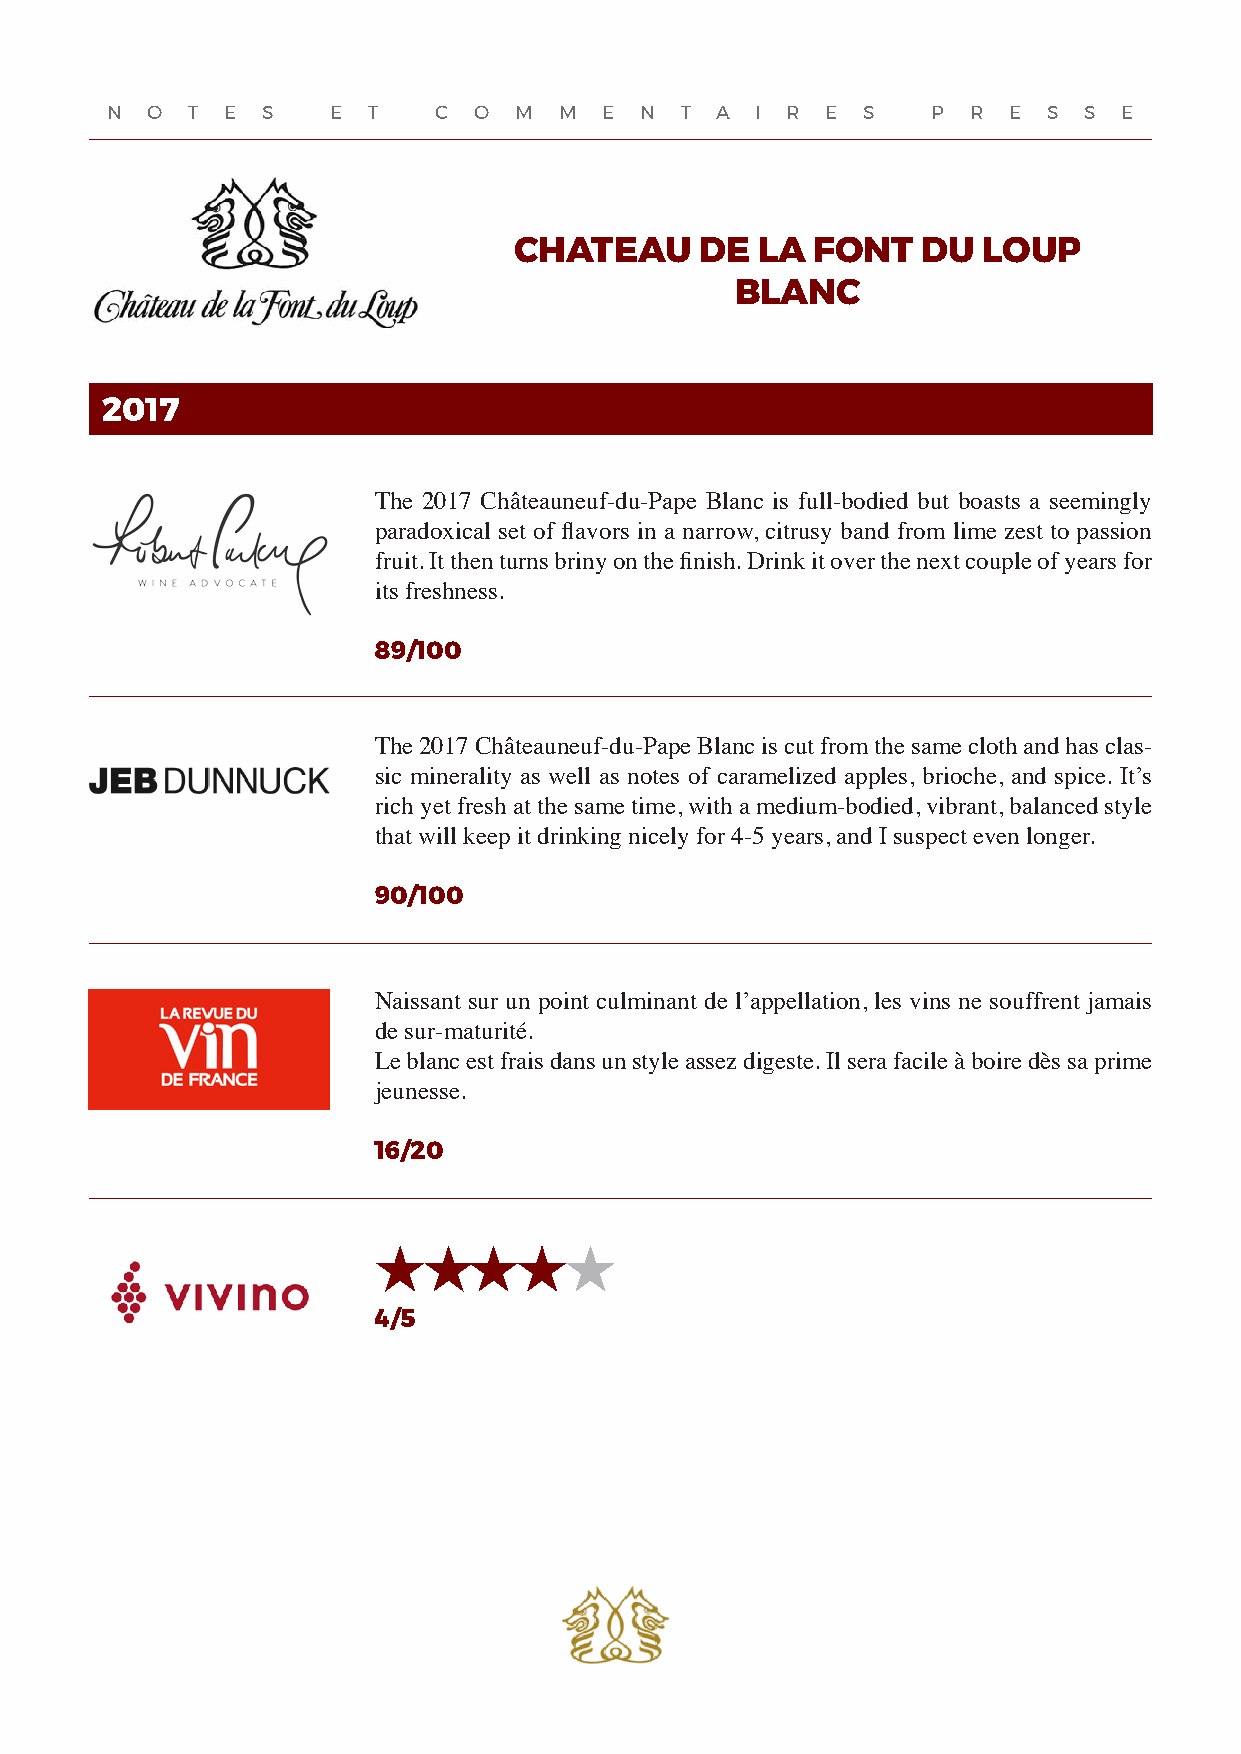
N  O T  E S    E T    C O  M  M  E N  T A  I R  E S    P R  E S  S E
 CHATEAU     DE  LA  FONT   DU  LOUP
 BLANC
 2017
 The 2017 Châteauneuf-du-Pape Blanc is full-bodied but boasts a seemingly
 paradoxical set of flavors in a narrow, citrusy band from lime zest to passion
 fruit. It then turns briny on the finish. Drink it over the next couple of years for
 its freshness.
 89/100
 The 2017 Châteauneuf-du-Pape Blanc is cut from the same cloth and has clas-
 sic minerality as well as notes of caramelized apples, brioche, and spice. It’s
 rich yet fresh at the same time, with a medium-bodied, vibrant, balanced style
 that will keep it drinking nicely for 4-5 years, and I suspect even longer.
 90/100
 Naissant sur un point culminant de l’appellation, les vins ne souffrent jamais
 de sur-maturité.
 Le blanc est frais dans un style assez digeste. Il sera facile à boire dès sa prime
 jeunesse.
 16/20
 4/5